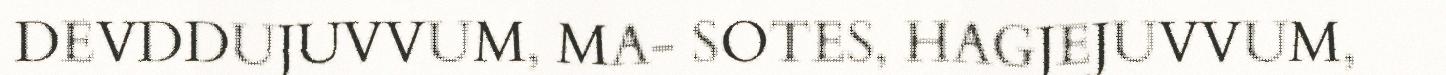
DEVDDUJUVVUM, MA- SOTES, HAGJEJUVVUM,